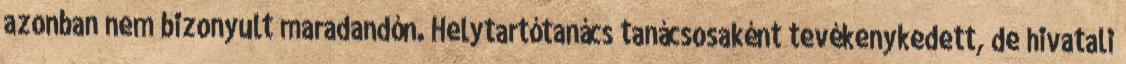
azonban nem bizonyult maradandón. Helytartótanács tanácsosaként tevékenykedett, de hivatali